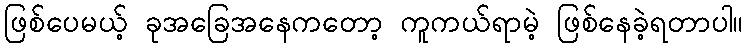
ဖြစ်ပေမယ့် ခုအခြေအနေကတော့ ကူကယ်ရာမဲ့ ဖြစ်နေခဲ့ရတာပါ။